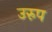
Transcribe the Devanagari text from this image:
उरुप